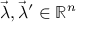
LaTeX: { \vec { \lambda } } , { \vec { \lambda } } ^ { \prime } \in \mathbb { R } ^ { n }